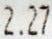
2.27